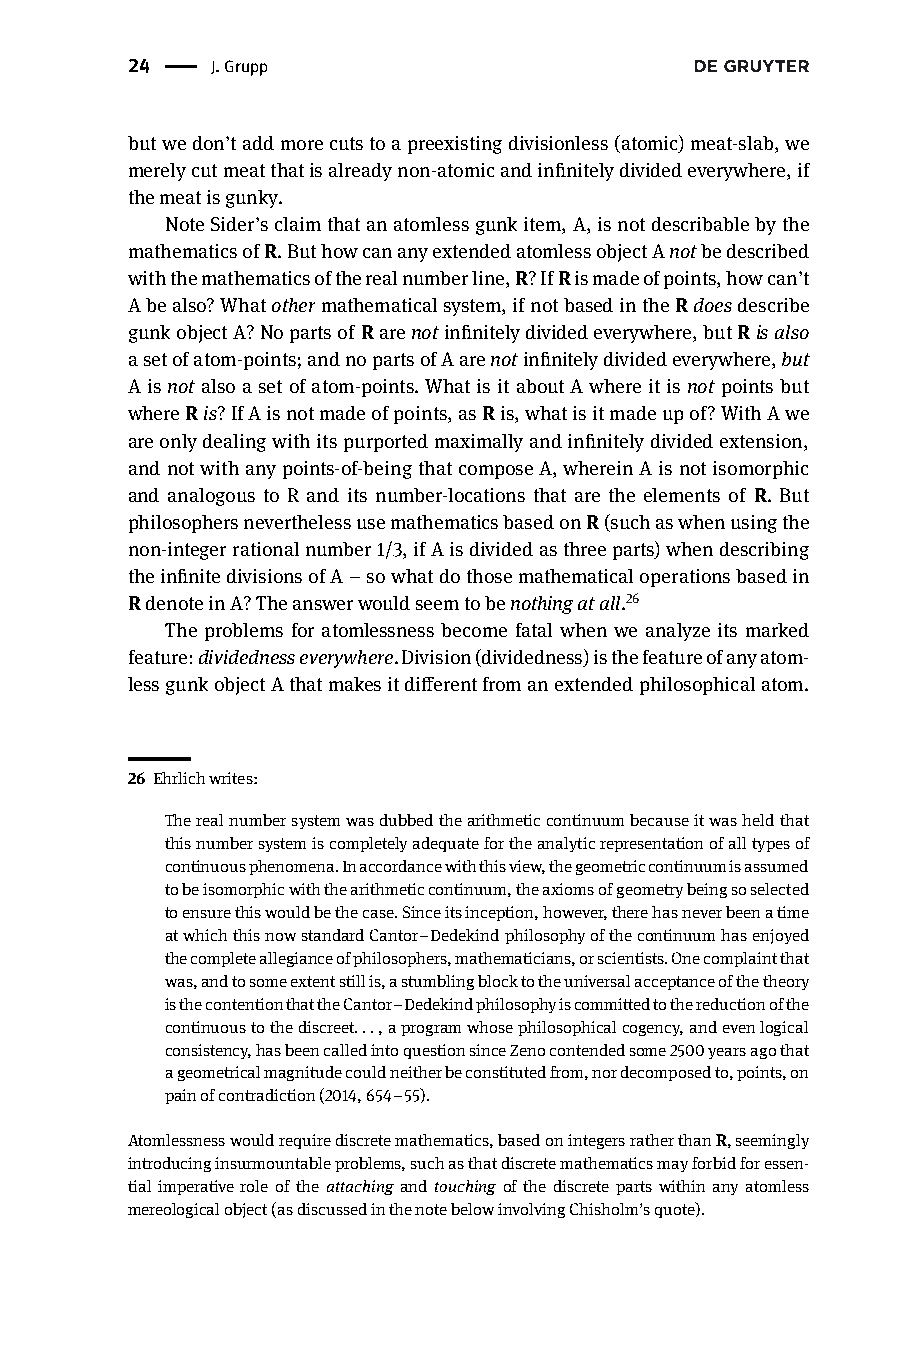
24 |  J.Grupp
 butwedon’taddmorecutstoapreexistingdivisionless(atomic)meat-slab,we
 merelycutmeatthatisalreadynon-atomicandinfinitelydividedeverywhere,if
 themeatisgunky.
 NoteSider’sclaimthatanatomlessgunkitem,A,isnotdescribablebythe
 mathematicsofR.ButhowcananyextendedatomlessobjectAnotbedescribed
 withthemathematicsoftherealnumberline,R?IfRismadeofpoints,howcan’t
 Abealso?Whatothermathematicalsystem,ifnotbasedintheRdoesdescribe
 gunkobjectA?NopartsofRarenotinfinitelydividedeverywhere,butRisalso
 asetofatom-points;andnopartsofAarenotinfinitelydividedeverywhere,but
 Aisnot alsoasetofatom-points.WhatisitaboutAwhereitis not pointsbut
 whereRis?IfAisnotmadeofpoints,asRis,whatisitmadeupof?WithAwe
 areonlydealingwithitspurportedmaximallyandinfinitelydividedextension,
 andnotwithanypoints-of-beingthatcomposeA,whereinAisnotisomorphic
 and analogous to R and its number-locations that are the elements of R. But
 philosophersneverthelessusemathematicsbasedonR(suchaswhenusingthe
 non-integerrationalnumber1/3,ifAisdividedasthreeparts)whendescribing
 theinfinitedivisionsofA–sowhatdothosemathematicaloperationsbasedin
 RdenoteinA?Theanswerwouldseemtobenothingatall.26
 The problems for atomlessness become fatal when we analyze its marked
 feature:dividednesseverywhere.Division(dividedness)isthefeatureofanyatom-
 lessgunkobjectAthatmakesitdifferentfromanextendedphilosophicalatom.
 26 Ehrlichwrites:
 Therealnumbersystemwasdubbedthearithmeticcontinuumbecauseitwasheldthat
 thisnumbersystemiscompletelyadequatefortheanalyticrepresentationofalltypesof
 continuousphenomena.Inaccordancewiththisview,thegeometriccontinuumisassumed
 tobeisomorphicwiththearithmeticcontinuum,theaxiomsofgeometrybeingsoselected
 toensurethiswouldbethecase.Sinceitsinception,however,therehasneverbeenatime
 atwhichthisnowstandardCantor–Dedekindphilosophyofthecontinuumhasenjoyed
 thecompleteallegianceofphilosophers,mathematicians,orscientists.Onecomplaintthat
 was,andtosomeextentstillis,astumblingblocktotheuniversalacceptanceofthetheory
 isthecontentionthattheCantor–Dedekindphilosophyiscommittedtothereductionofthe
 continuoustothediscreet...,aprogramwhosephilosophicalcogency,andevenlogical
 consistency,hasbeencalledintoquestionsinceZenocontendedsome2500yearsagothat
 ageometricalmagnitudecouldneitherbeconstitutedfrom,nordecomposedto,points,on
 painofcontradiction(2014,654–55).
 Atomlessnesswouldrequirediscretemathematics,basedonintegersratherthanR,seemingly
 introducinginsurmountableproblems,suchasthatdiscretemathematicsmayforbidforessen-
 tial imperative role of the attaching and touching of the discrete parts within any atomless
 mereologicalobject(asdiscussedinthenotebelowinvolvingChisholm’squote).